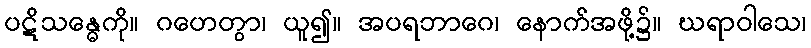
ပဋိသန္ဓေကို။ ဂဟေတွာ၊ ယူ၍။ အပရဘာဂေ၊ နောက်အဖို့၌။ ဃရာဝါသေ၊